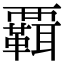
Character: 𧠄